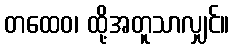
တထေဝ၊ ထို့အတူသာလျှင်။